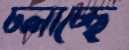
ঢলাচ্ছে